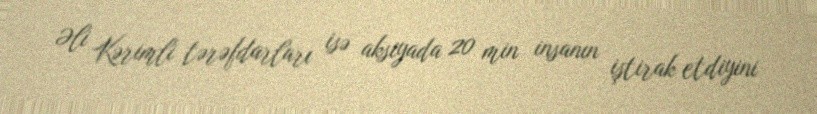
Əli Kərimli tərəfdarları isə aksiyada 20 min insanın iştirak etdiyini